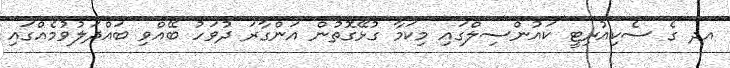
އދ ގެ ސެކިއުރިޓީ ކައުންސިލްގައި މިކަމާ ގުޅޭގޮތުން އަންގާރަ ދުވަހު ބޭއްވި ބައްދަލުވުމެއްގައި